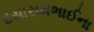
દયારામભાઈના